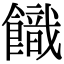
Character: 𩞡